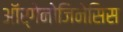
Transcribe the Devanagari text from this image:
ऑर्गेनोजिनेसिस